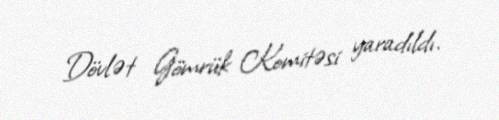
Dövlət Gömrük Komitəsi yaradıldı.